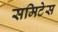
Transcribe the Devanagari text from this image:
समिटेस